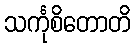
သင်္ကုစိတောတိ